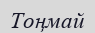
Тоңмай